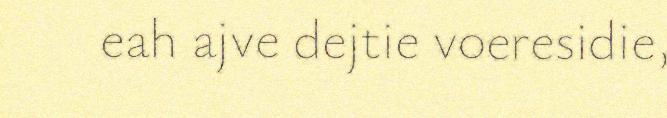
eah ajve dejtie voeresidie,